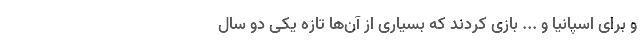
و برای اسپانیا و ... بازی کردند که بسیاری از آن‌ها تازه یکی دو سال